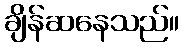
ချိန်ဆနေသည်။